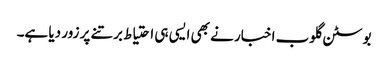
بوسٹن گلوب اخبار نے بھی ایسی ہی احتیاط برتنے پر زور دیا ہے۔